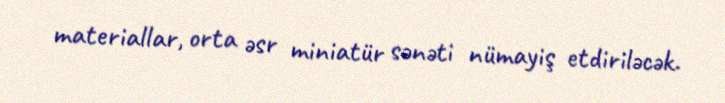
materiallar, orta əsr miniatür sənəti nümayiş etdiriləcək.